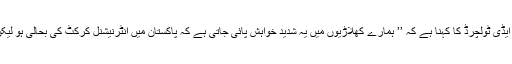
کیرون پولارڈ، سنیل نارائن، سموئل بدری اور ڈیرن سیمی جیسے پلیئرز کے ایجنٹ ایڈی ٹولچرڈ کا کہنا ہے کہ ’’ ہمارے کھلاڑیوں میں یہ شدید خواہش پائی جاتی ہے کہ پاکستان میں انٹرنیشنل کرکٹ کی بحالی ہو لیکن ہم اور ہمارے پلیئرز ہی ہمیشہ اس معاملے پر فیکا کی رائے کو اہمیت دیں گے‘‘۔